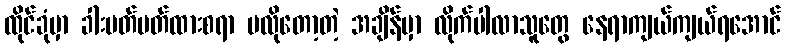
ထိုင်ခုံမှာ ခါးပတ်ပတ်ထားစရာ မလိုတော့တဲ့ အချိန်မှာ လိုက်ပါလာသူတွေ နေရာကျယ်ကျယ်ရအောင်